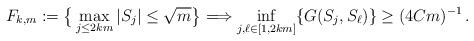
\begin{align*}F_{k,m} := \big\{ \max_{j \le 2km} |S_j| \le \sqrt{m} \big\} \Longrightarrow \inf_{j,\ell \in [1,2km]} \{ G(S_j,S_\ell) \} \ge (4 C m)^{-1} \,.\end{align*}